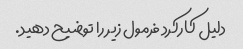
دلیل کارکرد فرمول زیر را توضیح دهید.